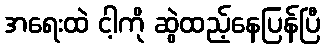
အရေးထဲ ငါ့ကို ဆွဲထည့်နေပြန်ပြီ